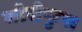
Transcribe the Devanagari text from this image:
जोसेफुस